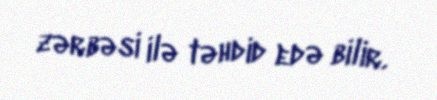
zərbəsi ilə təhdid edə bilir.